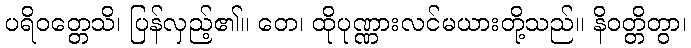
ပရိဝတ္တေသိ၊ ပြန်လှည့်၏။ တေ၊ ထိုပုဏ္ဏားလင်မယားတို့သည်။ နိဝတ္တိတွာ၊